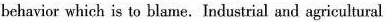
behavior which is to blame. Industrial and agricultural